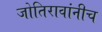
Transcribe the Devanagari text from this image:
जोतिरावांनीच